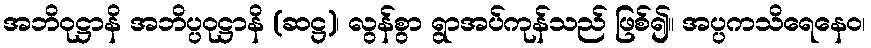
အဘိဝုဋ္ဌာနိ အဘိပ္ပဝုဋ္ဌာနိ (ဆဋ္ဌ)၊ လွန်စွာ ရွာအပ်ကုန်သည် ဖြစ်၍။ အပ္ပကသိရေနေဝ၊